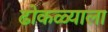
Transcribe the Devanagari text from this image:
ढोकळ्याला